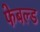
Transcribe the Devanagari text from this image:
फेबल्ड